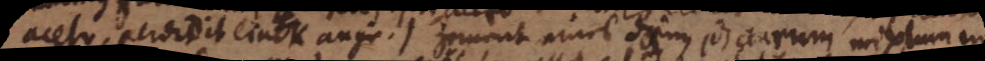
aceto, perdidit ein auge.) Zement eines dänen, das aurum mixtum in